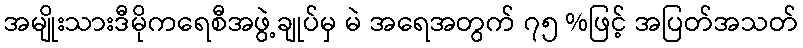
အမျိုးသားဒီမိုကရေစီအဖွဲ့ချုပ်မှ မဲ အရေအတွက် ၇၅ %ဖြင့် အပြတ်အသတ်